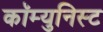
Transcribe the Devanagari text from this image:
कॉम्युनिस्ट